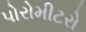
પોરોમીટરો